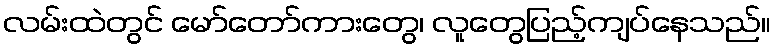
လမ်းထဲတွင် မော်တော်ကားတွေ၊ လူတွေပြည့်ကျပ်နေသည်။